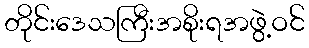
တိုင်းဒေသကြီးအစိုးရအဖွဲ့ဝင်